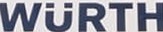
WURTH